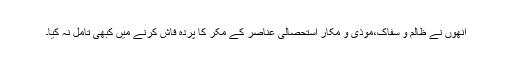
انھوں نے ظالم و سفاک،موذی و مکار استحصالی عناصر کے مکر کا پردہ فاش کرنے میں کبھی تامل نہ کیا۔